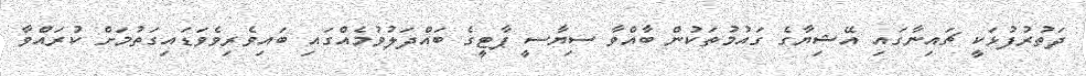
ދަތުރުފުޅަކީ ޗައިނާގައި އޭޝިޔާގެ ގައުމުތަކުން ބާއްވާ ސިޔާސީ ޕާޓީގެ ބައްދަލުވުމެއްގައި ބައިވެރިވެވަޑައިގަތުމަށް ކުރައްވާ